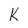
Character: K